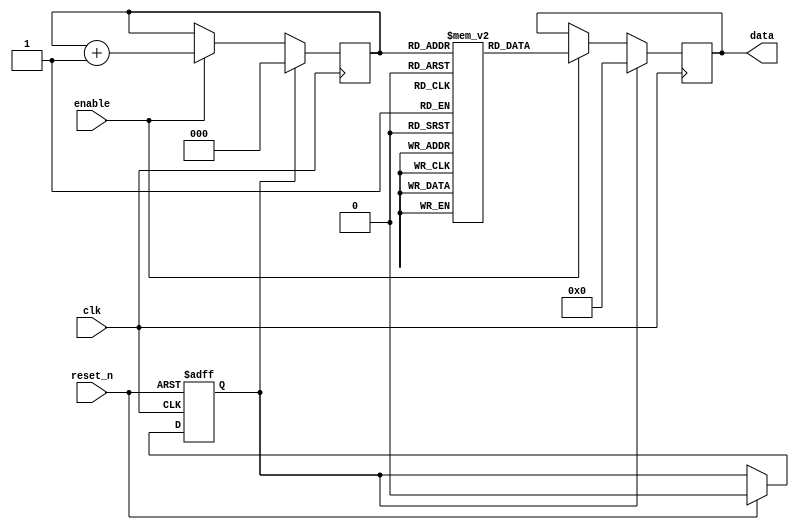
module SequenceGenerator (
    input wire clk,
    input wire reset_n,
    input wire enable,
    output reg [7:0] data
);

    reg [2:0] counter;
    reg [7:0] sequence [0:7];
    reg reset_sync;

    // Define the sequence
    initial begin
        sequence[0] = 8'b10101111;  // 0xAF
        sequence[1] = 8'b10111100;  // 0xBC
        sequence[2] = 8'b11100010;  // 0xE2
        sequence[3] = 8'b01111000;  // 0x78
        sequence[4] = 8'b11111111;  // 0xFF
        sequence[5] = 8'b11100010;  // 0xE2
        sequence[6] = 8'b00001011;  // 0x0B
        sequence[7] = 8'b10001101;  // 0x8D
    end

    always @(posedge clk) begin
        if (reset_sync) begin
            counter <= 0;
            data <= 8'b0;
        end
        else if (enable) begin
            counter <= counter + 1;
            data <= sequence[counter];
        end
    end

    always @(posedge clk or negedge reset_n) begin
        if (reset_n == 1'b0)
            reset_sync <= 1'b1;
        else if (reset_n == 1'b1)
            reset_sync <= 1'b0;
    end

endmodule